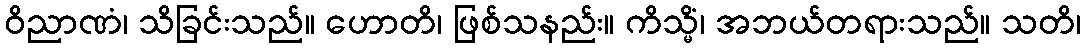
ဝိညာဏံ၊ သိခြင်းသည်။ ဟောတိ၊ ဖြစ်သနည်း။ ကိသ္မိံ၊ အဘယ်တရားသည်။ သတိ၊